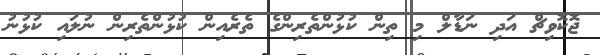
ޖޮކޮވިޗް އަދި ނަޑާލް މި ތިން ކުޅުންތެރިންގެ ތެރެއިން ކުޅުންތެރިން ނުލައި ކުޅުނު